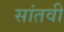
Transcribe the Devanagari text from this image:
सांतवी